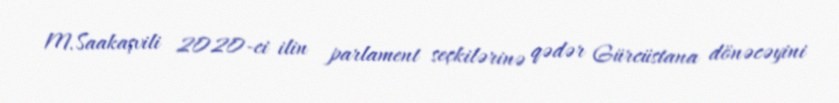
M.Saakaşvili 2020-ci ilin parlament seçkilərinə qədər Gürcüstana dönəcəyini